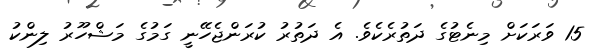
15 ވަރަކަށް މިނެޓުގެ ދަތުރެކެވެ. އެ ދަތުރު ކުރަންޖެހޭނީ ގަމުގެ މަޝްހޫރު ލިންކު